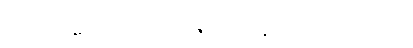
၉၀၇။ ကုမာရော ယုဝရာဇေ စ၊ ခန္ဒေ ဝုတ္တော သုသုမှိ စ။